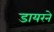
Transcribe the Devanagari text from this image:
डायरने